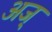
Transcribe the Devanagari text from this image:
अज्